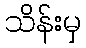
သိန်းမှ